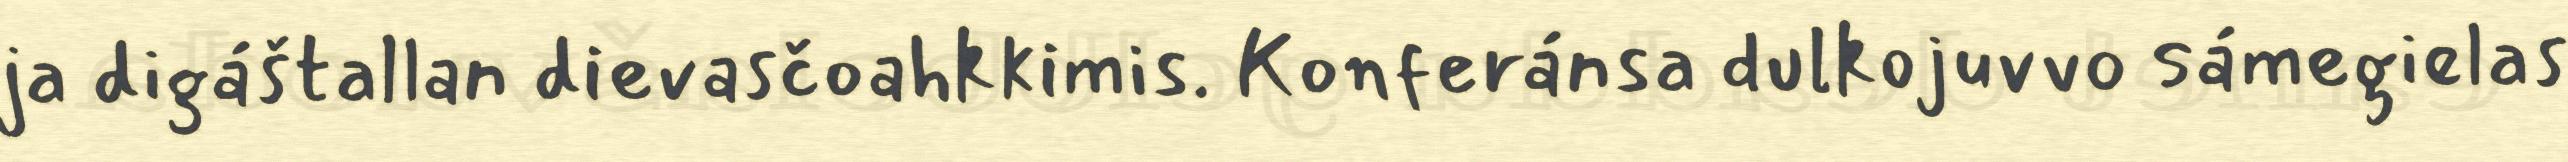
ja digáštallan dievasčoahkkimis. Konferánsa dulkojuvvo sámegielas